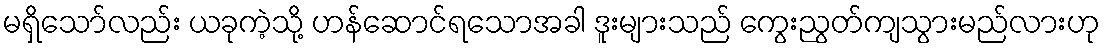
မရှိသော်လည်း ယခုကဲ့သို့ ဟန်ဆောင်ရသောအခါ ဒူးများသည် ကွေးညွတ်ကျသွားမည်လားဟု